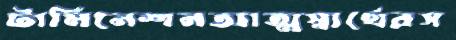
টার্মিনেশনআত্মস্বার্থেরস